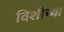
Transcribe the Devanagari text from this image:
विशीच्या